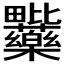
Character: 𭻽